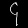
Digit: ၄